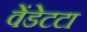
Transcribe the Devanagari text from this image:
वेंडेटटा